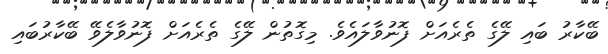
ބޭކާރު ބައި ލޭގެ ތެރެއަށް ފޮނުވާލައެވެ. މިގޮތުން ލޭގެ ތެރެއަށް ފޮނުވާލެވޭ ބޭކާރުބައި